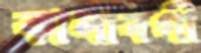
কালাবগী